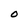
Character: O